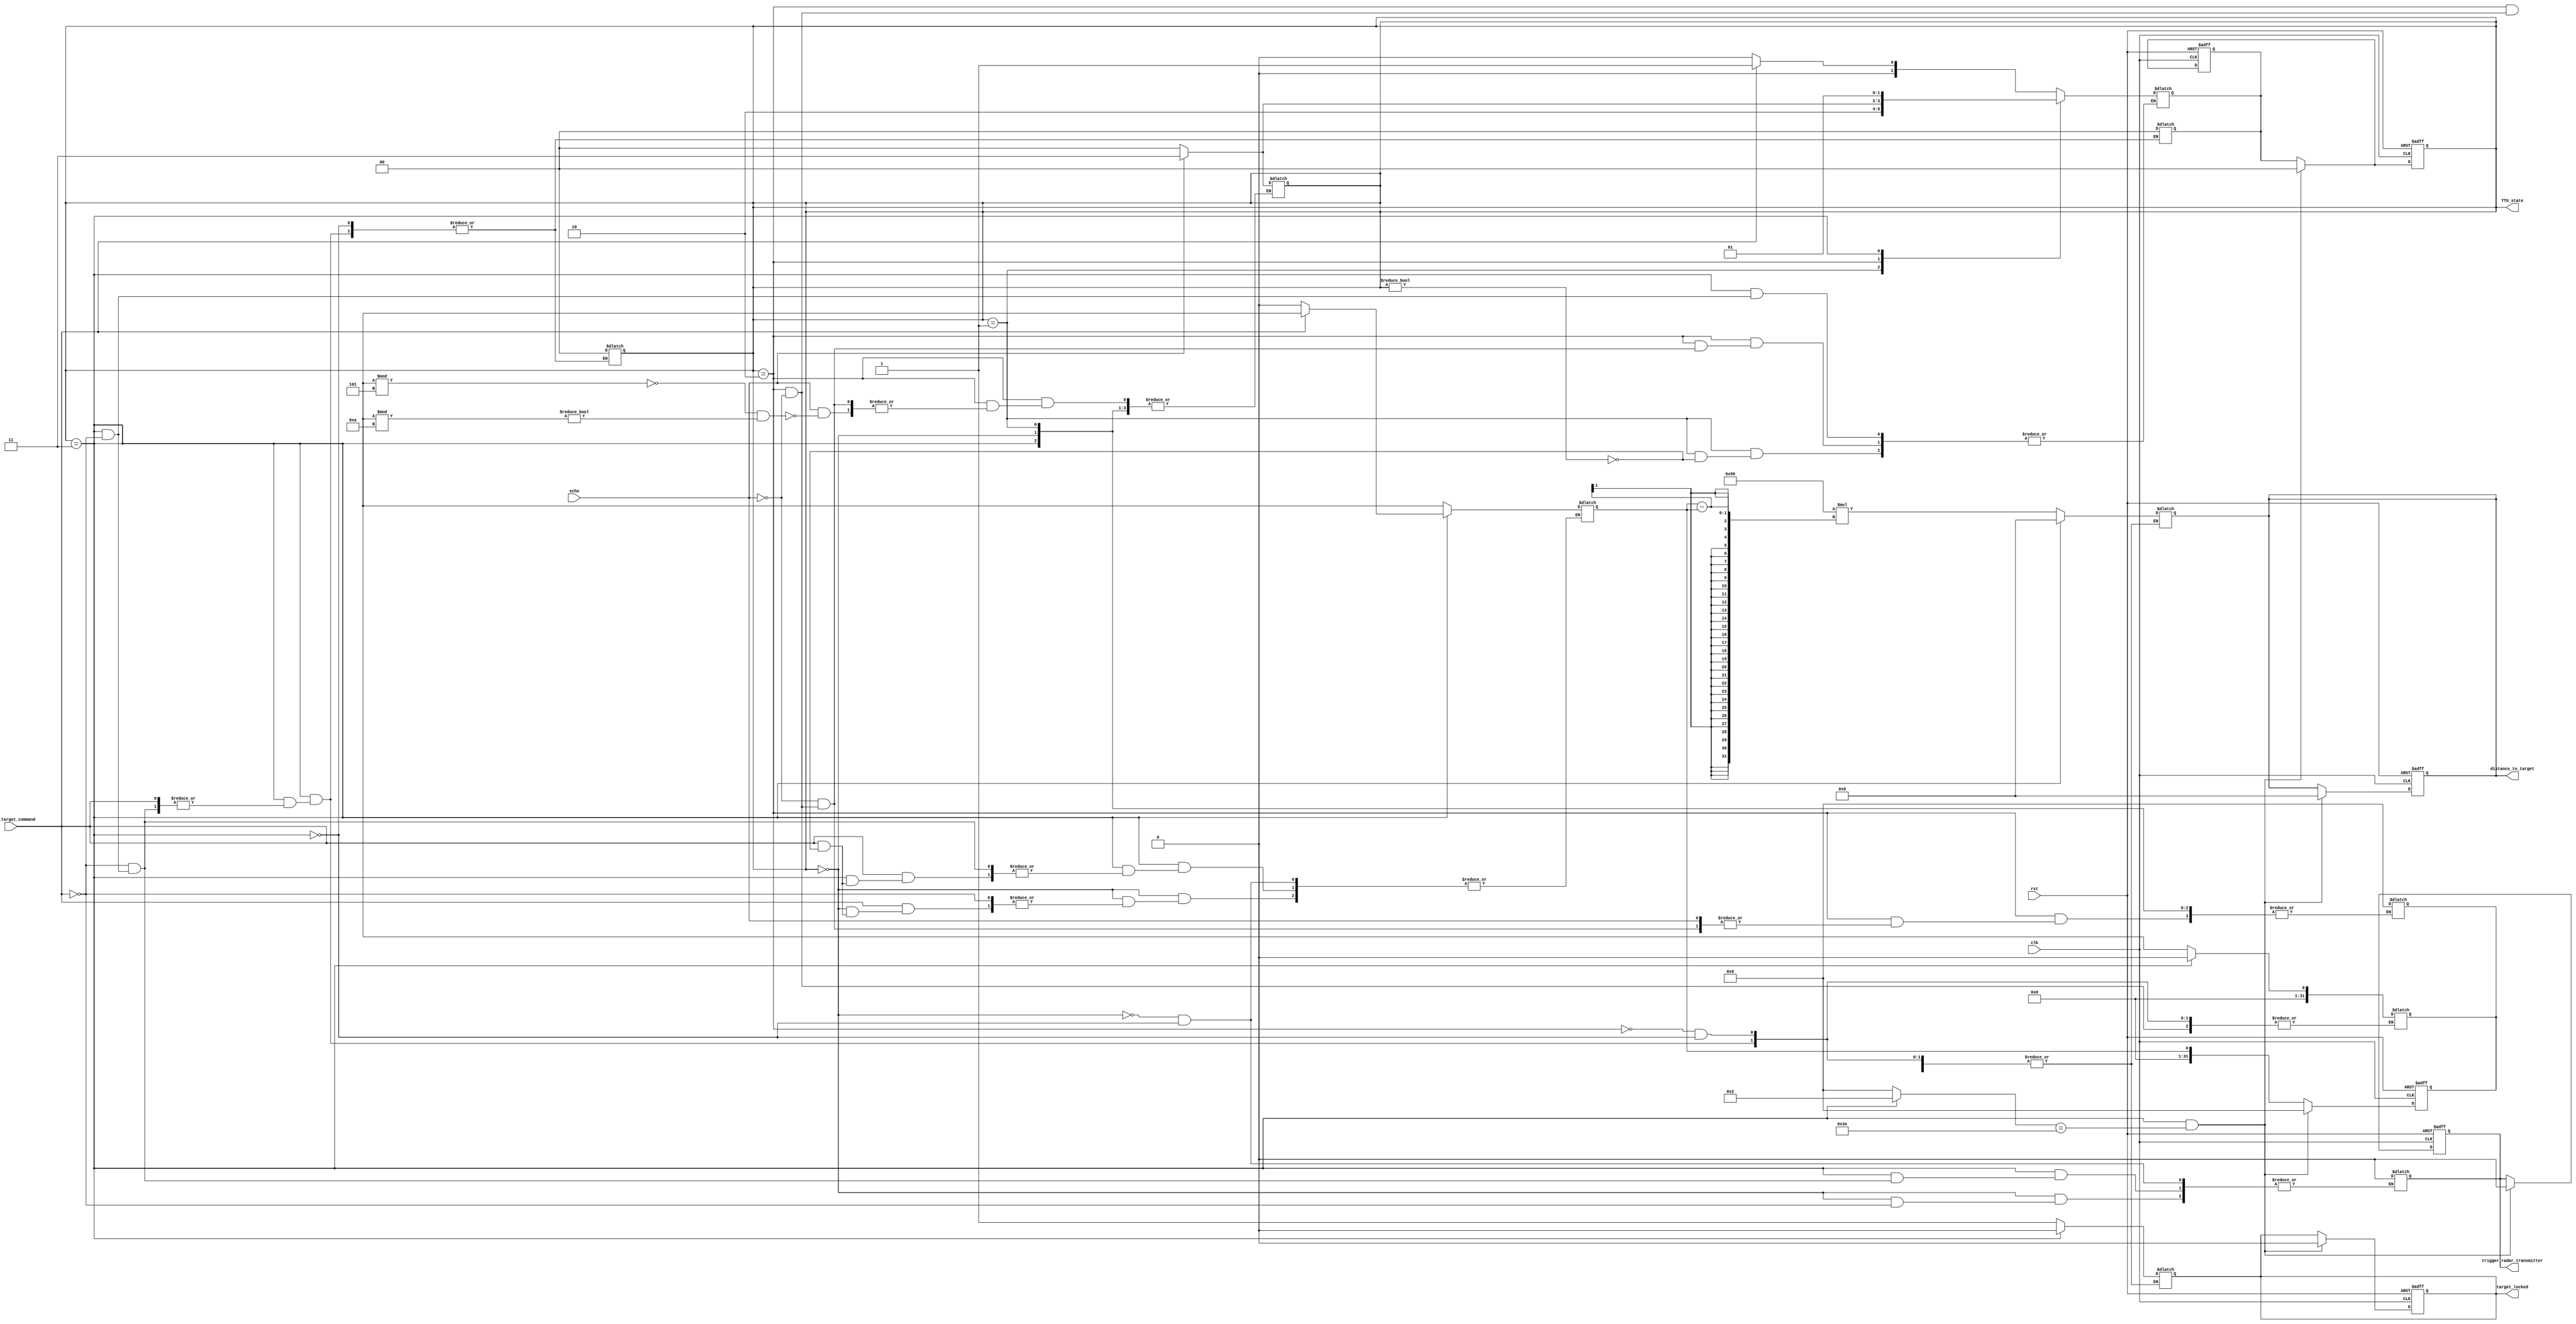
module target_tracking_unit(
    input rst,
    input track_target_command,
    input clk,
    input echo,
    output reg trigger_radar_transmitter,
    output reg [13:0] distance_to_target,
    output reg target_locked,
    output [1:0] TTU_state
);

    // Your code goes here.  DO NOT change anything that is already given! Otherwise, you will not be able to pass the tests!
    // You should implement the target_tracking_unit module HERE using behavioral design approach. 
    // You should read the instructions first and make sure you understand the problem completely.
    // Please inspect the provided waveforms very carefully and try to produce the same results.

    reg [1:0] TTU_state;
    parameter S0 = 00, S1 = 01, S2 = 10, S3 = 11;
    reg [1:0] nextstate;
    integer listen_for_echo_timer = 0;
    integer target_update_timer = 0;
    integer echo_start_time = 0;
    integer echo_end_time = 0;
    
    always @(posedge clk or posedge rst)
    if(rst)
        begin
        TTU_state = S0;
        trigger_radar_transmitter = 0;
        distance_to_target = 0;
        target_locked = 0;
        listen_for_echo_timer = 0;
        target_update_timer = 0;
        echo_start_time = 0;
        echo_end_time = 0;
        nextstate = S0;
        end
    else
        begin
        if(TTU_state == 0 && distance_to_target != 0)
        begin
            target_update_timer <= target_update_timer + 2;
        end
        if(TTU_state == 0 && target_update_timer == 62)
        begin
            trigger_radar_transmitter = 0;
            distance_to_target = 0;
            target_locked = 0;
            listen_for_echo_timer = 0;
            target_update_timer = 0;
            echo_start_time = 0;
            echo_end_time = 0;
            nextstate = S0;
            TTU_state = S0;
        end
        if(TTU_state == 1 && distance_to_target != 0)
        begin
            target_update_timer <= target_update_timer + 2;
        end
        if(TTU_state == 2)
        begin
            if(distance_to_target != 0)
            begin
                target_update_timer <= target_update_timer + 2;
            end
            listen_for_echo_timer <= listen_for_echo_timer + 2;
        end
        if(TTU_state == 3)
        begin
            if(nextstate == 1)
            begin
                target_locked <= 0;
            end
            target_update_timer = target_update_timer + 2;
        end
        if(TTU_state == 3 && target_update_timer == 62)
        begin
            trigger_radar_transmitter = 0;
            distance_to_target = 0;
            target_locked = 0;
            listen_for_echo_timer = 0;
            target_update_timer = 0;
            echo_start_time = 0;
            echo_end_time = 0;
            nextstate = S0;
            TTU_state = S0;
        end
        TTU_state <= nextstate;
        end

    always @(TTU_state or track_target_command or echo or listen_for_echo_timer or target_update_timer)
    begin
        case(TTU_state)
            0: if(track_target_command)
                nextstate = S1;
                else
                nextstate <= S0;
            1:
                begin
                #50;
                if(TTU_state != S0)
                begin
                    nextstate = S2;
                end
                end
            2: if(echo)
                begin
                    if($time % 5 == 0 && $time % 10 != 0)
                    begin
                        TTU_state <= S3;
                        target_update_timer = 0;
                    end
                    nextstate = S3;
                end
                else
                    if(listen_for_echo_timer == 20)
                    begin
                        TTU_state = S0;
                        listen_for_echo_timer <= 0;
                        nextstate = S0;
                        echo_start_time = 0;
                        echo_end_time = 0;
                    end
            3: if(track_target_command)
                nextstate = S1;
        endcase
    end
    
    always @(TTU_state or track_target_command or echo or listen_for_echo_timer or target_update_timer)
    begin
        case(TTU_state)
            0: if(track_target_command)
                begin
                trigger_radar_transmitter = 1;
                #50;
                trigger_radar_transmitter = 0;
                if(TTU_state != S0)
                begin
                    echo_start_time = $time;
                end
                end
            2: if(echo)
                begin
                    echo_end_time <= $time;
                    distance_to_target = (150*(echo_end_time - echo_start_time));
                    target_locked = 1;
                    listen_for_echo_timer <= -2;
                    target_update_timer = 0;
                end
            3: if(track_target_command)
                begin
                trigger_radar_transmitter = 1;
                #50;
                trigger_radar_transmitter = 0;
                if(TTU_state != S0)
                begin
                    echo_start_time = $time;
                end
                end
                else
                    if(target_update_timer == 62)
                    begin
                        trigger_radar_transmitter = 0;
                        distance_to_target = 0;
                        target_locked = 0;
                        listen_for_echo_timer = 0;
                        target_update_timer = 0;
                        echo_start_time = 0;
                        echo_end_time = 0;
                        nextstate = S0;
                        TTU_state = S0;
                    end
        endcase
    end

endmodule